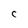
Character: C